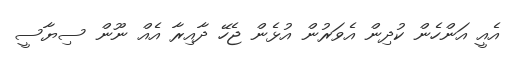
އެއީ އަންހެން ކުދިން އެވަރުން އުޅެން ޖެހޭ ދާއިރާ އެއް ނޫން ސިޔާސީ